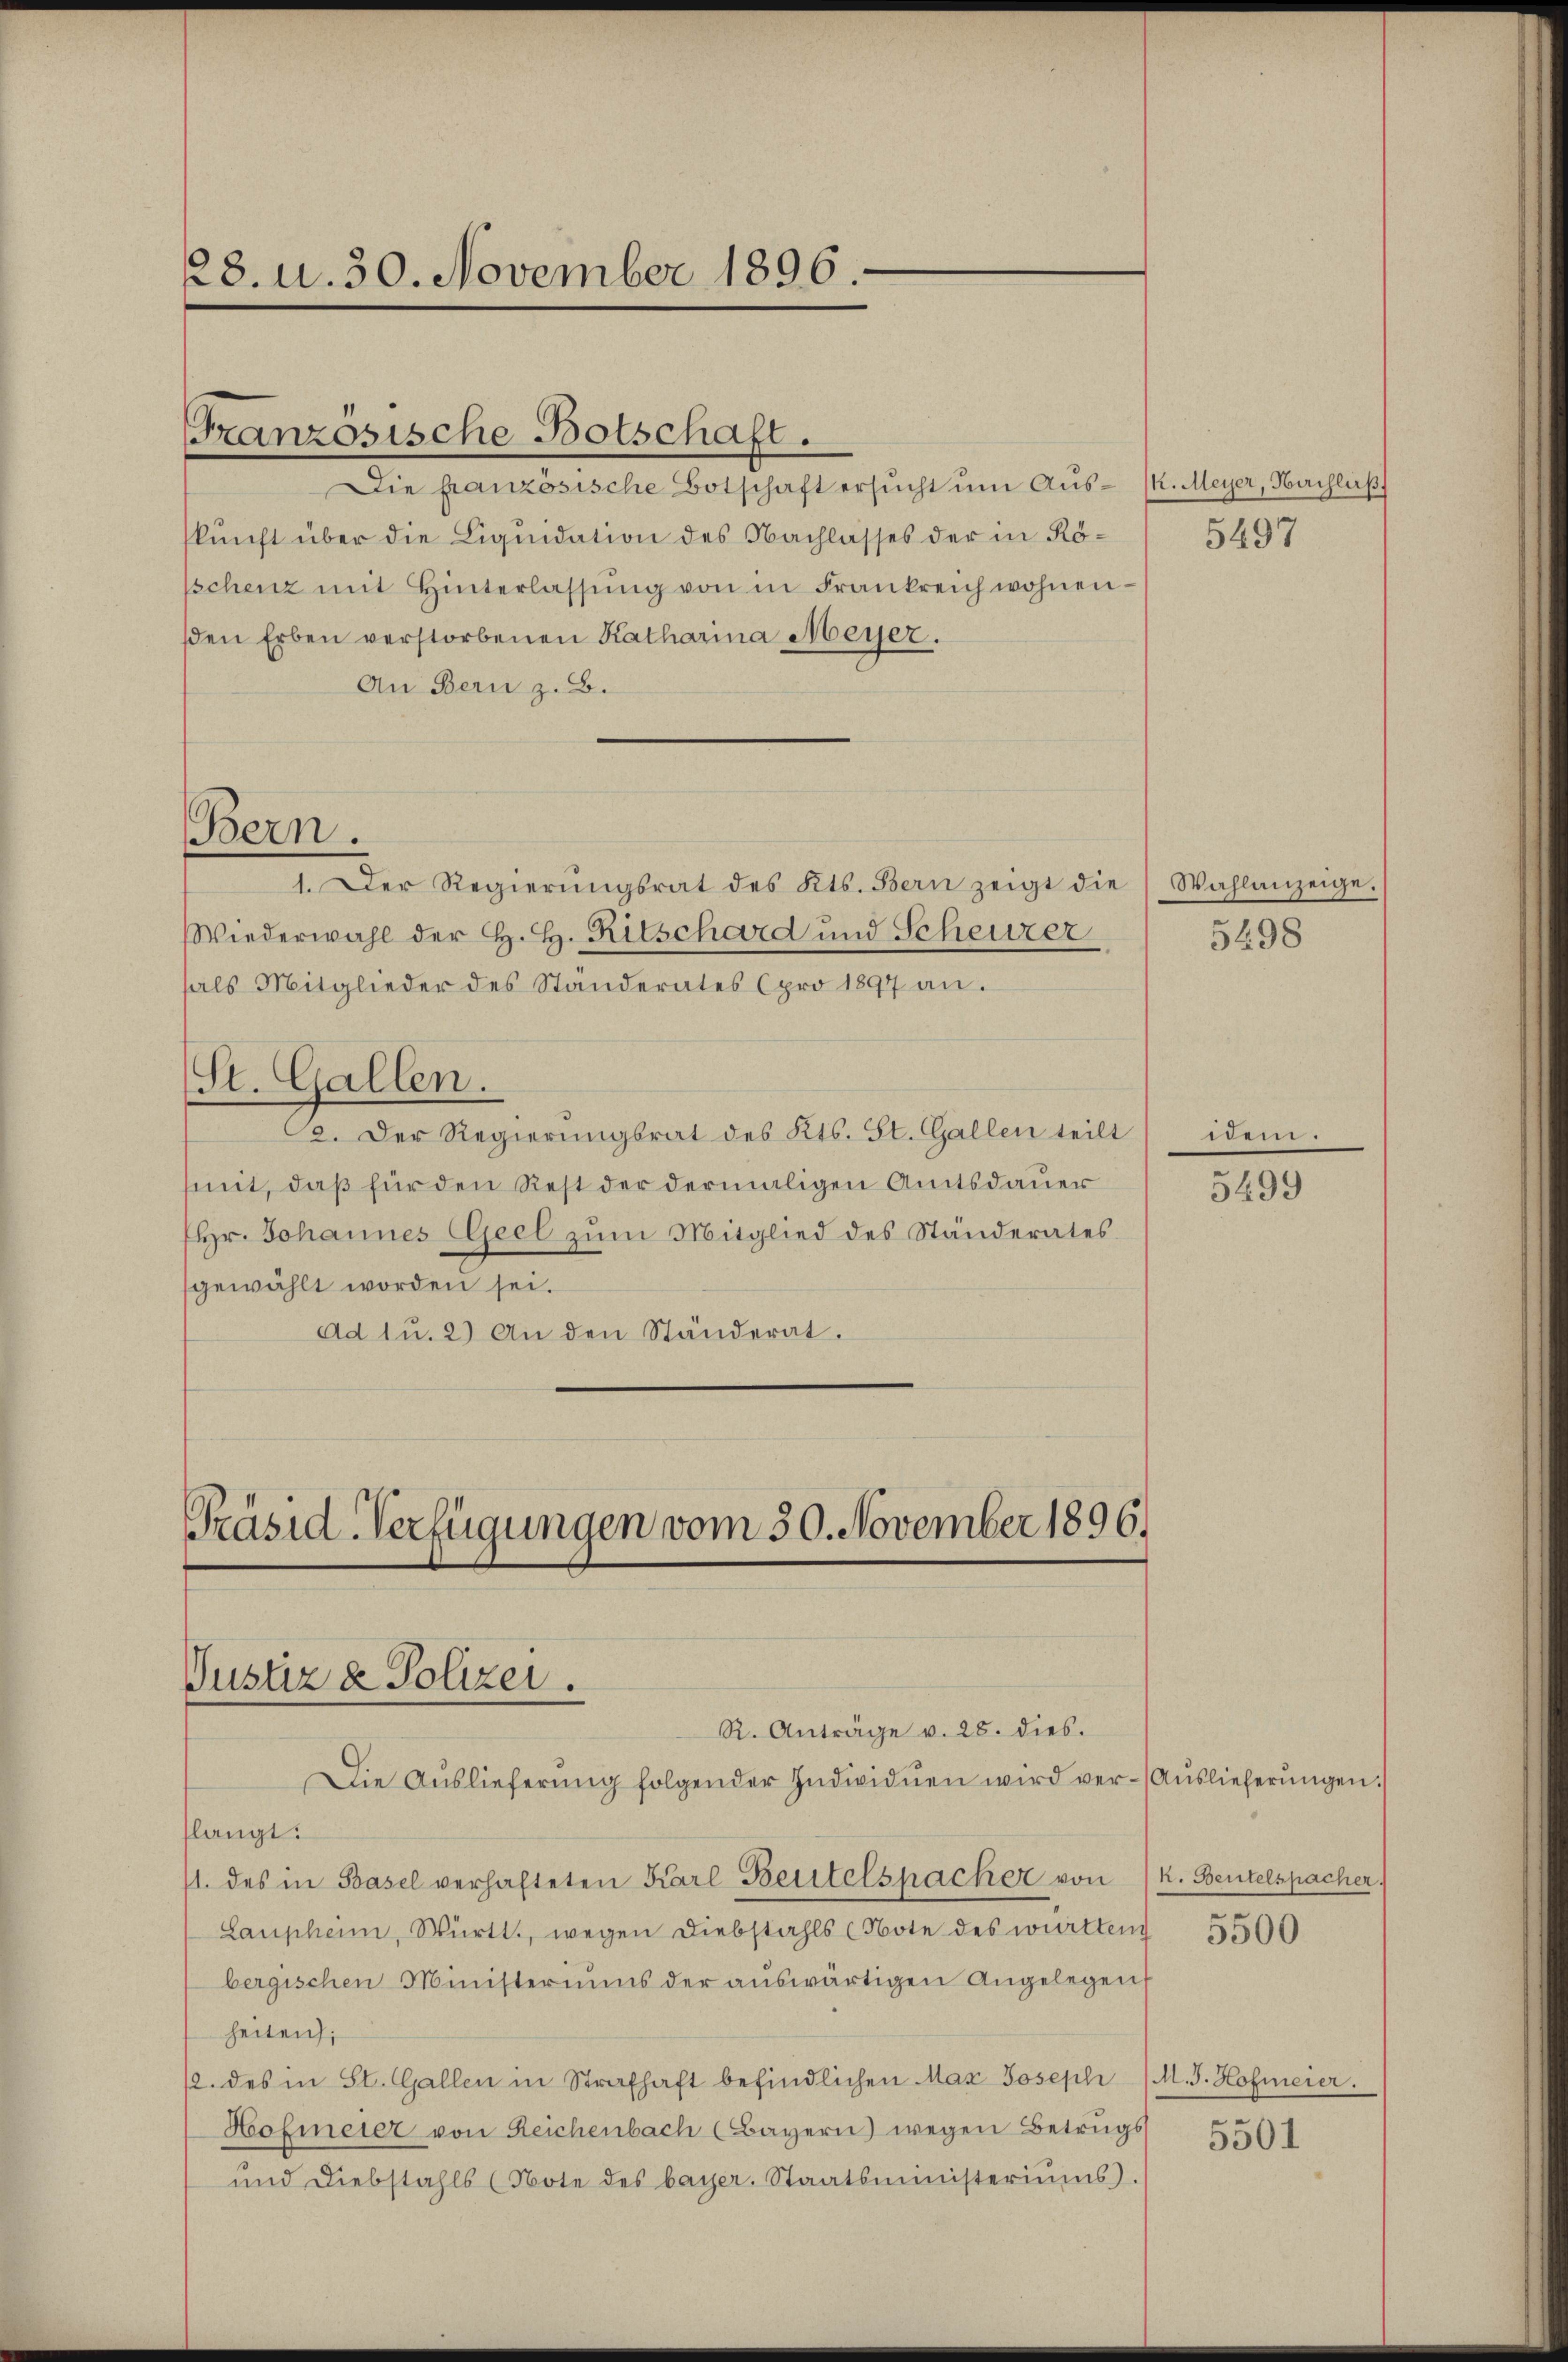
228. u. 30. November 1896.

Franzosische Botschaft.

Die französische Botschaft ersucht um Auskunft über die Liquidation des Nachlasses der in Röschenz mit Hinterlassŭng von in Frankreich wohnensen Erben verstorbenen Katharina Meyer.
An Bern z. B.

1. Der Regierŭngsrat des Kts. Bern zeigt die Wahlanzeige.
Wiederwahl der H. H. Ritschard und Scheurer
hals Mitglieder des Standerates pro 1897 an.
C. Der Regierungsrat des Kts. St. Gallen teilt
mit, daß für den Rest der dermaligen Amtsdauer
Hr. Johannes Geel zum Mitglied des Ständerates
gewählt worden sei.
Ad 1 u. 2) An den Ständerat.

Bern.

St. Gallen.

Präsid-Verfügungen vom 30. November 1896.
Justiz & Polizei.
R. Anträge v. 28. dies.
Die Auslieferung folgender Individuen wird ver-Auslieferungen.

slangt:
11. des in Basel verhafteten Karl Beutelspacher von
Laupheim, Württ., wegen Diebstahls (Note des württeng
bergischen Ministeriums der aŭswärtigen Angelegen,
heiten;
2. des in St. Gallen in Strafhaft befindlichen Max Joseph
Hofmeier von Reichenbach (Bayern) wegen Betrugs
und Diebstahls (Note des bayer. Staatsministeriŭms.

k. Meyer, Nachluß
5497

5498

idem.
5499

k. Beutelspacher.

5500

M. J. Hofmeier.
5501